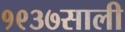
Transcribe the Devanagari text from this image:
१९३७साली